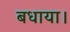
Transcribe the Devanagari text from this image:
बधाया।